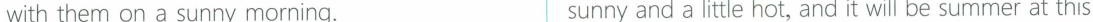
with them on a sunny morning. sunny and a little hot, and it will be summer at this